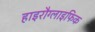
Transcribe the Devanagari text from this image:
हाइरौग्लाइफिक